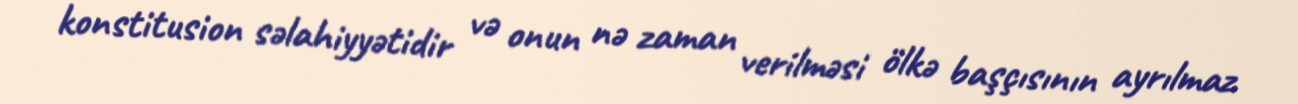
konstitusion səlahiyyətidir və onun nə zaman verilməsi ölkə başçısının ayrılmaz